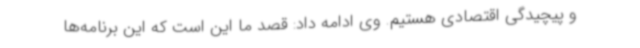
و پیچیدگی اقتصادی هستیم. وی ادامه داد: قصد ما این است که این برنامه‌ها